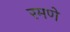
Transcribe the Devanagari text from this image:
रमणे